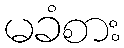
မခံစား